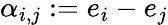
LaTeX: \alpha_{i,j}:=e_{i}-e_{j}